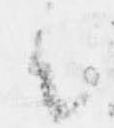
者